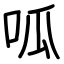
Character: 呱